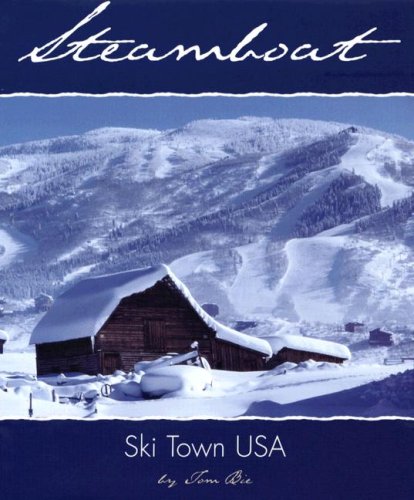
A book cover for Steamboat: Ski Town USA (Roadside History Series); Tom Bie; Sports & Outdoors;